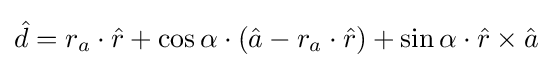
{\hat {d}}=r_{a}\cdot {\hat {r}}+\cos \alpha \cdot ({\hat {a}}-r_{a}\cdot {\hat {r}})+\sin \alpha \cdot {\hat {r}}\times {\hat {a}}